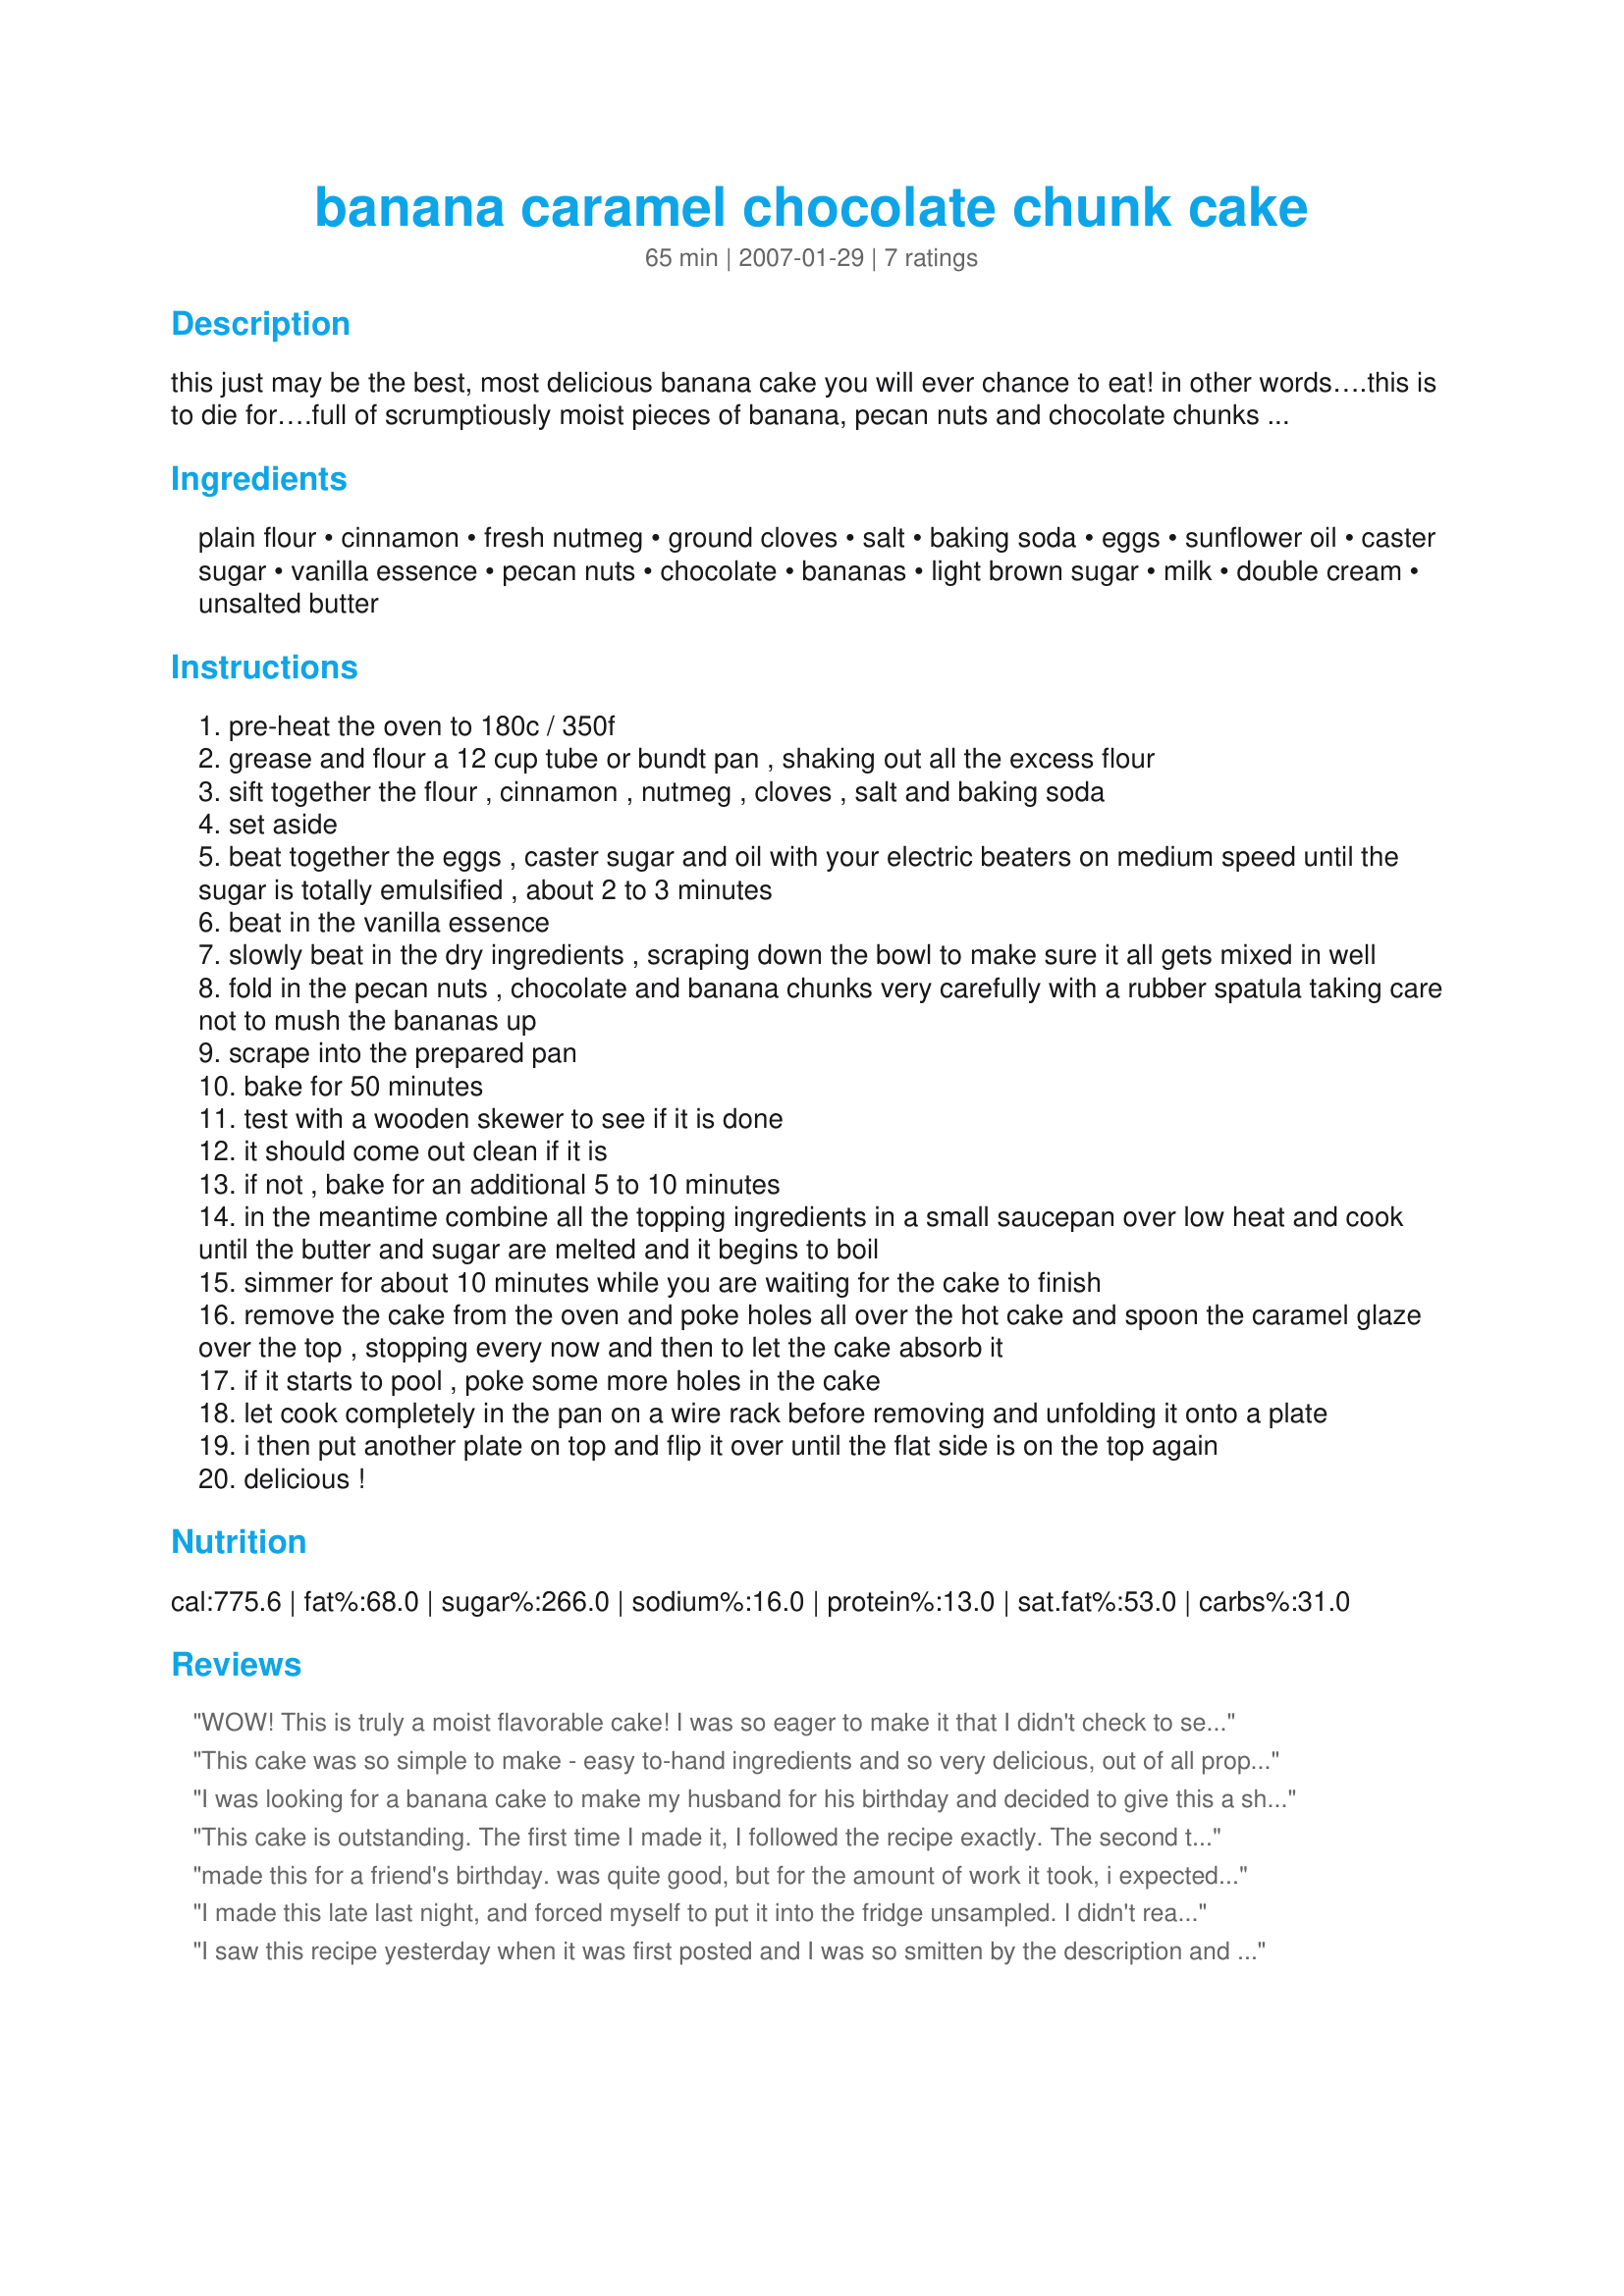
banana caramel chocolate chunk cake
Preparation time: 65 minutes

this just may be the best, most delicious banana cake you will ever chance to eat! in other words….this is to die for….full of scrumptiously moist pieces of banana, pecan nuts and chocolate chunks with delicate undertones of spice…all topped with a decadent caramel glaze which soaks into the cake creating the most heavenly experience ever found in a cake…

Ingredients:
plain flour, cinnamon, fresh nutmeg, ground cloves, salt, baking soda, eggs, sunflower oil, caster sugar, vanilla essence, pecan nuts, chocolate, bananas, light brown sugar, milk, double cream, unsalted butter

Steps:
pre-heat the oven to 180c / 350f
grease and flour a 12 cup tube or bundt pan , shaking out all the excess flour
sift together the flour , cinnamon , nutmeg , cloves , salt and baking soda
set aside
beat together the eggs , caster sugar and oil with your electric beaters on medium speed until the sugar is totally emulsified , about 2 to 3 minutes
beat in the vanilla essence
slowly beat in the dry ingredients , scraping down the bowl to make sure it all gets mixed in well
fold in the pecan nuts , chocolate and banana chunks very carefully with a rubber spatula taking care not to mush the bananas up
scrape into the prepared pan
bake for 50 minutes
test with a wooden skewer to see if it is done
it should come out clean if it is
if not , bake for an additional 5 to 10 minutes
in the meantime combine all the topping ingredients in a small saucepan over low heat and cook until the butter and sugar are melted and it begins to boil
simmer for about 10 minutes while you are waiting for the cake to finish
remove the cake from the oven and poke holes all over the hot cake and spoon the caramel glaze over the top , stopping every now and then to let the cake absorb it
if it starts to pool , poke some more holes in the cake
let cook completely in the pan on a wire rack before removing and unfolding it onto a plate
i then put another plate on top and flip it over until the flat side is on the top again
delicious !

Reviews:
WOW! This is truly a moist flavorable cake! I was so eager to make it that I didn't check to see that I had all the necessary ingredients. I didn't have any chocolate so I used 2 heaping Tbsp. of cocoa and milk instead of the cream. In spite of that, this cake was soooo good! I am thinking of serving it when I host a dinner party in September for my classmates and spouses simply because I know it will not fail me and they will all be impressed!
This cake was so simple to make - easy to-hand ingredients and so very delicious, out of all proportion to the effort that went into it! Hats off to MarieAlice for sharing this one! Thanks!
I was looking for a banana cake to make my husband for his birthday and decided to give this a shot. He LOVED it, not too much banana flavor but a really good spice cake. A great item to serve to company with a cup of chai tea.
This cake is outstanding. The first time I made it, I followed the recipe exactly. The second time, I added more cream to the caramel and it seemed to soak into the cake a bit better for me. Excellent recipe, thanks for sharing!
made this for a friend's birthday. was quite good, but for the amount of work it took, i expected something more. the topping did not soak that well into the cake, so it turned out a little odd looking with a too-thick layer of glaze on the top. thanks.
I made this late last night, and forced myself to put it into the fridge unsampled. I didn't realize I had such willpower. At least for a short time, I had willpower. Now that I've had a piece, that's gone. This is absolutely the best cake I've ever eaten. It's even taken over my former first place winner, carrot cake. The only change I made to this was to bake it in a large (10x14?) corning dish, as I couldn't quite understand how to soak, flip, & flip using the bundt pan....is the flat side supposed to end up on top or the rounded, decorative side? Anyway, it turned out great, I just started testing it at 30 minutes & it was done perfectly at between 35-40 minutes. I used four bananas, as they were small and so overripe that they fell into pieces on their own. Just threw them in and did a quick whirl with the mixer...perfect chunks. The good chocolate is important, as are the pecans. And the spice mixture is right on. Thanks MarieAlice, as always, for another incredibly delicious recipe.
I saw this recipe yesterday when it was first posted and I was so smitten by the description and the possibility of it that I rushed right out, bought the ingredients, and baked it at 10pm when I got home. I *never* bake that late, so that shows you how antsy I was for this cake. it was so worth it though. my boyfriend and I spent about an hour in a sugar coma afterward, but it was worth it. this might be the richest, most decadent thing I've ever made, and that's saying a lot. it is truly scrumptious, and all my coworkers this morning are fighting over the leftovers. I did make some substitutions -- I used canola instead of sunflower oil, regular sugar instead of caster sugar, and then I omitted the milk and double cream and used 2 tablespoons of heavy cream. I think I actually used a bit more -- as the sugar was caramelizing, it was getting a little thick and I was worried that it wouldn't soak into the cake properly. I also didn't understand the last bit of directions concerning flipping the cake -- it sounded like the caramel would end up at the bottom and I certainly didn't want that. so I baked the cake in a tube pan and removed it like I remove any other cake. you must try this cake, if only to brag that your arteries survived the sugar rush and you lived to tell about it. I don't think I can make this too often because it really is so decadent and I don't think I could handle it, but that being said, I can't wait to make it again :)
